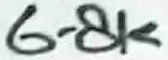
Text: 6.8K